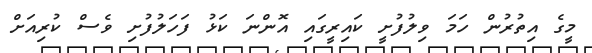
މީގެ އިތުރުން ހަމަ ވިލުފުށީ ކައިރީގައި އޮންނަ ކަޅު ފަހަލުފުށި ވެސް ކުރިއަށް